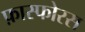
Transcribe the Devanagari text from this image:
फ़ास्फोरस